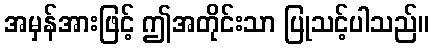
အမှန်အားဖြင့် ဤအတိုင်းသာ ပြုသင့်ပါသည်။